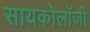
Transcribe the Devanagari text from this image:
सायकोलॉजी